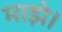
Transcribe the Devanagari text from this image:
माझे।